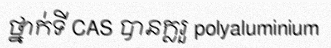
ថ្នាក់ទី CAS បានក្លរួ polyaluminium